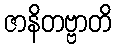
ဇာနိတဗ္ဗာတိ